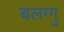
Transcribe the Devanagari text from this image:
बलग्गु